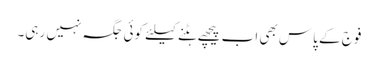
فوج کے پاس بھی اب پیچھے ہٹنے کیلئے کوئی جگہ نہیں رہی۔